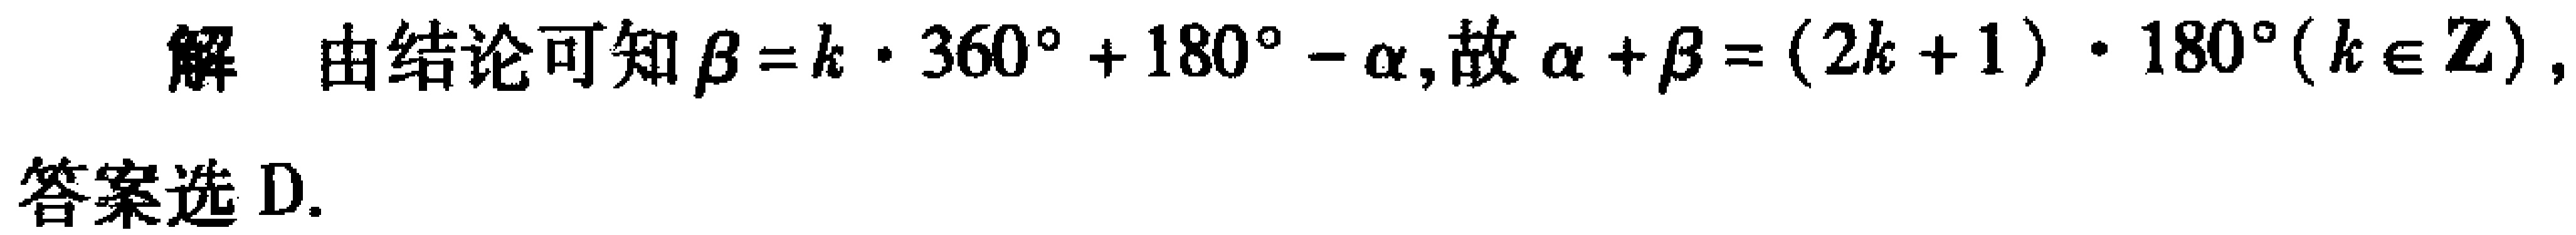
解 由结论可知\(\beta = k\cdot360^{\circ}+180^{\circ}-\alpha\)，故\(\alpha + \beta=(2k + 1)\cdot180^{\circ}(k\in\mathbb{Z})\)，

答案选 D.